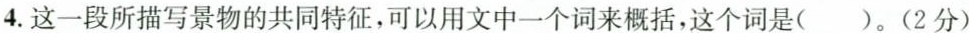
4.这一段所描写景物的共同特征，可以用文中一个词来概括，这个词是()。(2分)